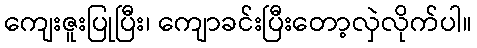
ကျေးဇူးပြုပြီး၊ ကျောခင်းပြီးတော့လှဲလိုက်ပါ။